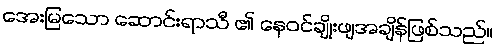
အေးမြသော ဆောင်းရာသီ ၏ နေဝင်ချိုးဖျအချိန်ဖြစ်သည်။